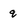
Character: q